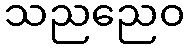
သညညေဝ